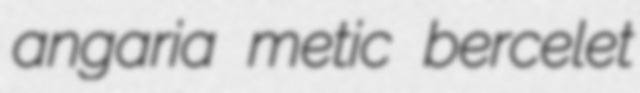
angaria metic bercelet